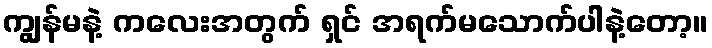
ကျွန်မနဲ့ ကလေးအတွက် ရှင် အရက်မသောက်ပါနဲ့တော့။